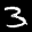
Label: 3